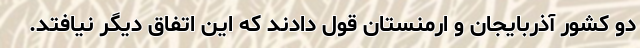
دو کشور آذربایجان و ارمنستان قول دادند که این اتفاق دیگر نیافتد.